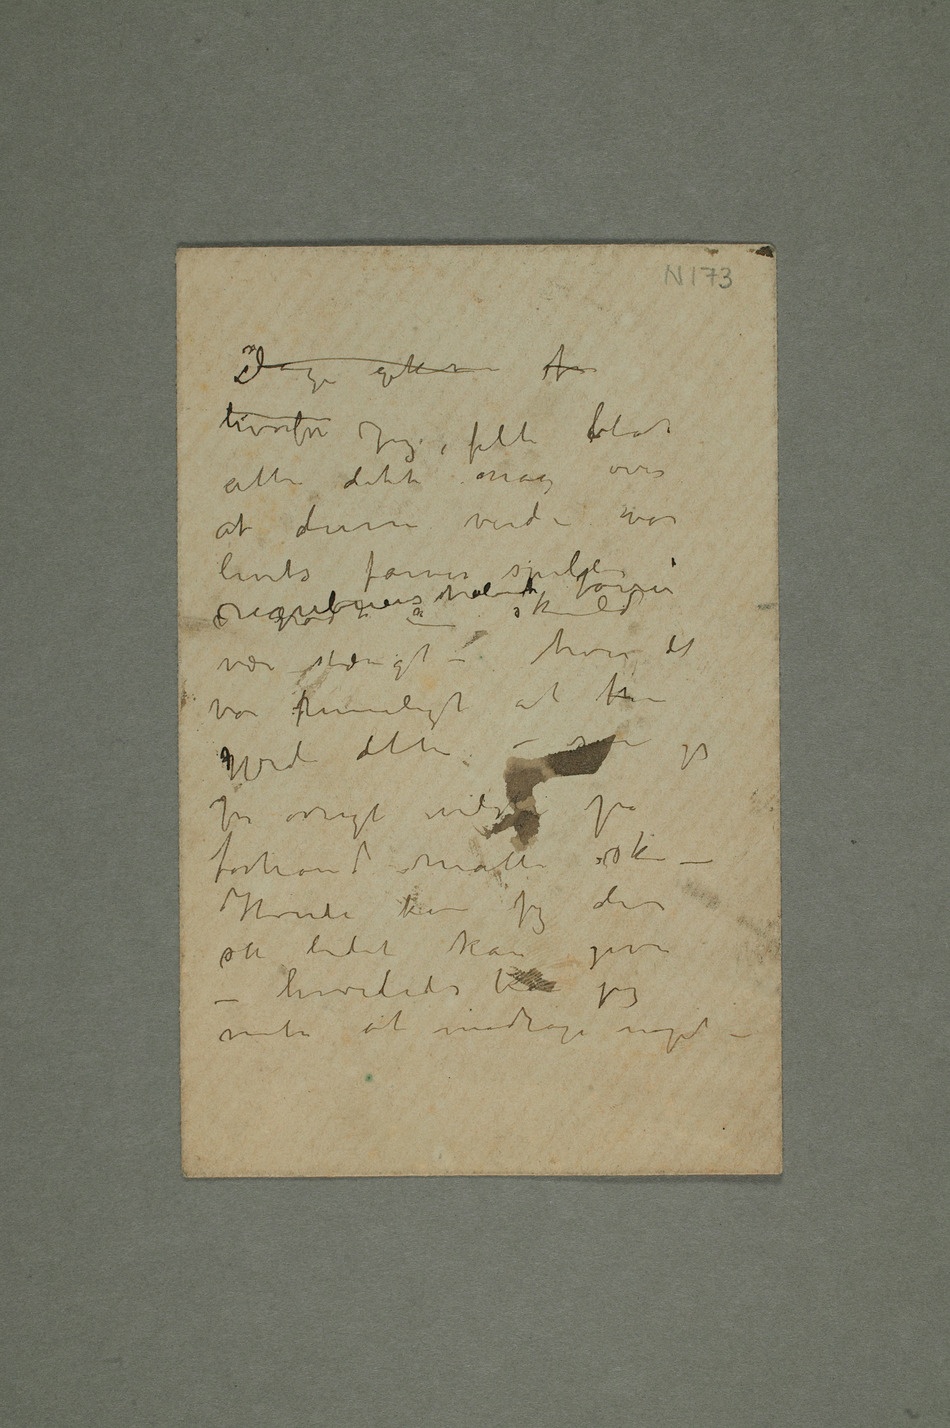
Dagen gikk for
hvorfor Jeg følte blot
atter dette nag over
at denne verden hvor
være stængt – hvor det
var rimeligt at
forhånd måtte ske
– Hvordan kan jeg der
så lidet kan give –
hvorledes kan jeg
vente at modtage noget